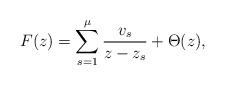
LaTeX: \begin{align*}F(z)=\sum^\mu_{s=1}\frac{v_s}{z-z_s}+\Theta(z),\end{align*}